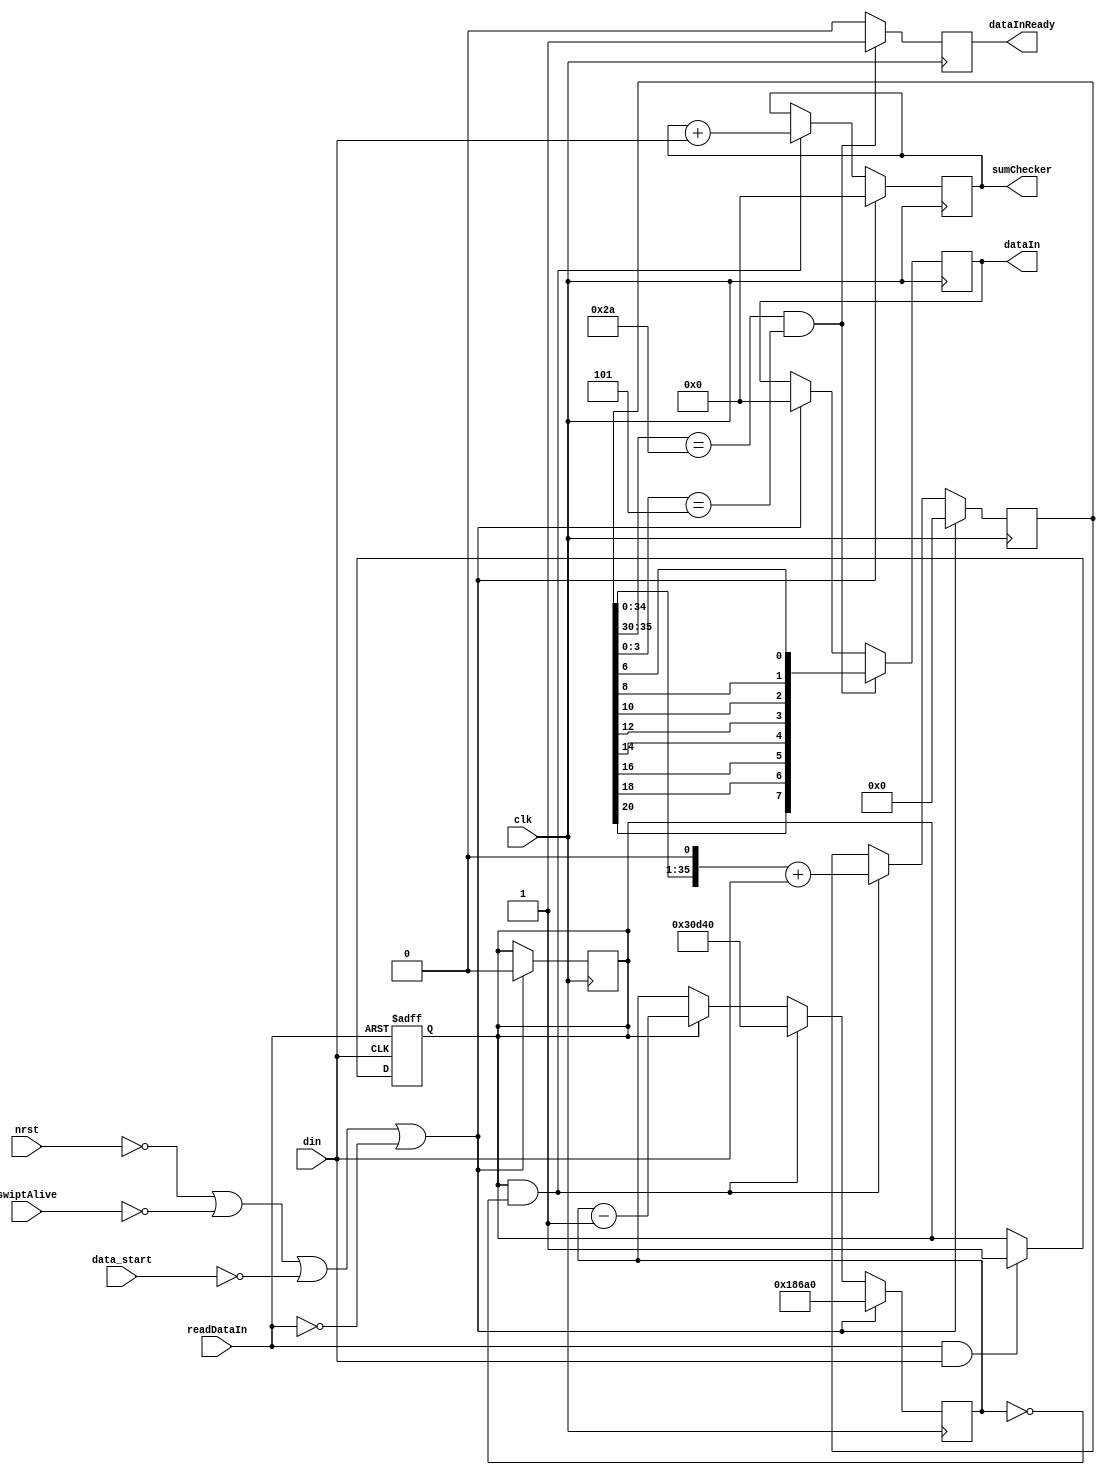
`timescale 1ps/1ps

module UnderstandData (
	input wire clk,
	input wire nrst,
    input wire swiptAlive,
    input wire data_start,
    input wire readDataIn,
    input wire din,
    output reg dataInReady,
    output reg [7:0] dataIn,
    output reg [7:0] sumChecker
);
    reg startReadOut;
    reg [19:0] counter;
    reg [35:0] dataStreamIn;

    initial begin
        startReadOut = 0;
        dataIn = 8'b0;
        counter = 20'h186A0;
        dataStreamIn = 36'h0;
        sumChecker = 8'h0;
    end
    

    always @(posedge clk) begin
        if(~nrst || ~swiptAlive || ~data_start || ~readDataIn)begin
            startReadOut <= 0;
            dataIn <= 36'b0;
            counter <= 20'h186A0;
            dataStreamIn <= 36'h0;
            sumChecker <= 8'h0;
        end
        else if(startReadOut && counter == 0)begin
            dataStreamIn <= {dataStreamIn << 1} + din;
            counter <= 20'h30D40;
            sumChecker <= sumChecker + din;
        end
        else if (startReadOut) begin
            counter <= counter - 1;
        end


       if((dataStreamIn[35:30] == 6'b101010) && (dataStreamIn[3:0] == 4'b0101))begin
            dataInReady <= 1;
            dataIn <= {dataStreamIn[20], dataStreamIn[18], dataStreamIn[16], dataStreamIn[14], dataStreamIn[12], dataStreamIn[10], dataStreamIn[8], dataStreamIn[6]};
        end
        else begin
            dataInReady <= 0;
        end
    end

    always @(posedge din or negedge readDataIn) begin
        if(~readDataIn)begin
            startReadOut <= 0;
        end
        else if (readDataIn && din) begin
            startReadOut <= 1;
        end
    end
endmodule